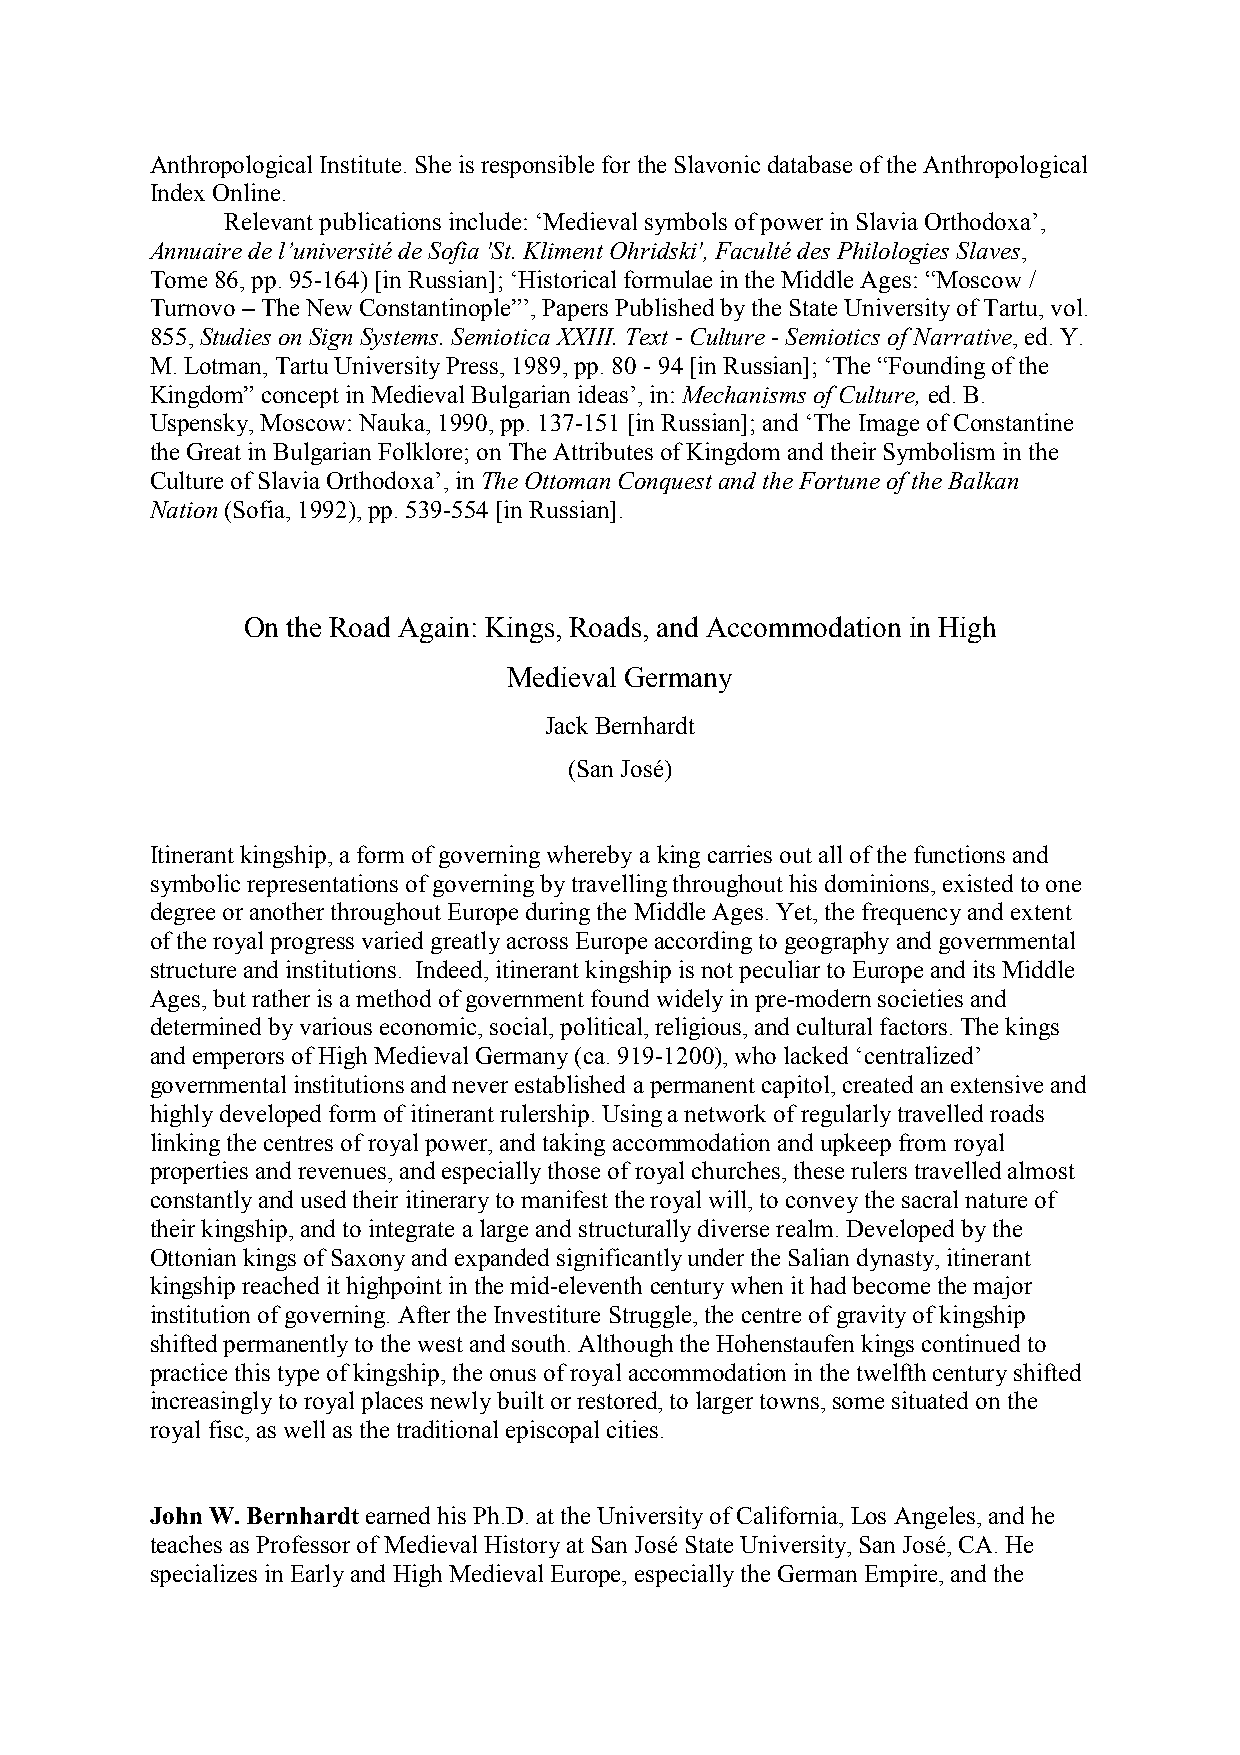
Anthropological Institute. She is responsible for the Slavonic database of the Anthropological
 Index Online.
 Relevant publications include: ‘Medieval symbols of power in Slavia Orthodoxa’,
 Annuaire de l’université de Sofia 'St. Kliment Ohridski', Faculté des Philologies Slaves,
 Tome 86, pp. 95-164) [in Russian]; ‘Historical formulae in the Middle Ages: “Moscow /
 Turnovo – The New Constantinople”’, Papers Published by the State University of Tartu, vol.
 855, Studies on Sign Systems. Semiotica XXIII. Text - Culture - Semiotics of 8arrative, ed. Y.
 M. Lotman, Tartu University Press, 1989, pp. 80 - 94 [in Russian]; ‘The “Founding of the
 Kingdom” concept in Medieval Bulgarian ideas’, in: Mechanisms of Culture, ed. B.
 Uspensky, Moscow: Nauka, 1990, pp. 137-151 [in Russian]; and ‘The Image of Constantine
 the Great in Bulgarian Folklore; on The Attributes of Kingdom and their Symbolism in the
 Culture of Slavia Orthodoxa’, in The Ottoman Conquest and the Fortune of the Balkan
 8ation (Sofia, 1992), pp. 539-554 [in Russian].
 On the Road Again: Kings, Roads, and Accommodation in High
 Medieval Germany
 Jack Bernhardt
 (San José)
 Itinerant kingship, a form of governing whereby a king carries out all of the functions and
 symbolic representations of governing by travelling throughout his dominions, existed to one
 degree or another throughout Europe during the Middle Ages. Yet, the frequency and extent
 of the royal progress varied greatly across Europe according to geography and governmental
 structure and institutions. Indeed, itinerant kingship is not peculiar to Europe and its Middle
 Ages, but rather is a method of government found widely in pre-modern societies and
 determined by various economic, social, political, religious, and cultural factors. The kings
 and emperors of High Medieval Germany (ca. 919-1200), who lacked ‘centralized’
 governmental institutions and never established a permanent capitol, created an extensive and
 highly developed form of itinerant rulership. Using a network of regularly travelled roads
 linking the centres of royal power, and taking accommodation and upkeep from royal
 properties and revenues, and especially those of royal churches, these rulers travelled almost
 constantly and used their itinerary to manifest the royal will, to convey the sacral nature of
 their kingship, and to integrate a large and structurally diverse realm. Developed by the
 Ottonian kings of Saxony and expanded significantly under the Salian dynasty, itinerant
 kingship reached it highpoint in the mid-eleventh century when it had become the major
 institution of governing. After the Investiture Struggle, the centre of gravity of kingship
 shifted permanently to the west and south. Although the Hohenstaufen kings continued to
 practice this type of kingship, the onus of royal accommodation in the twelfth century shifted
 increasingly to royal places newly built or restored, to larger towns, some situated on the
 royal fisc, as well as the traditional episcopal cities.
 John W. Bernhardt earned his Ph.D. at the University of California, Los Angeles, and he
 teaches as Professor of Medieval History at San José State University, San José, CA. He
 specializes in Early and High Medieval Europe, especially the German Empire, and the